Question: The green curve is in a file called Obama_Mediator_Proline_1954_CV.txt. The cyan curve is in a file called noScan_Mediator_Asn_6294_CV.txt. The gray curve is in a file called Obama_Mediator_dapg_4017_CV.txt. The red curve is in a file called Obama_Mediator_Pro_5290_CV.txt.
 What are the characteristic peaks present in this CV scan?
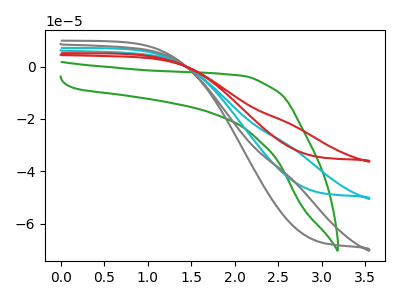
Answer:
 <answer>The green curve "Mediator + Proline" has no peaks. The cyan curve "Mediator + Asn" has no peaks. The gray curve "Mediator + dapg" has no peaks. The red curve "Mediator + Pro" has no peaks.</answer>
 <eval></eval>